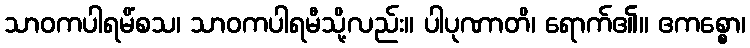
သာဝကပါရမိံစသ၊ သာဝကပါရမီသို့လည်း။ ပါပုဏာတိ၊ ရောက်၏။ ဧကစ္စော၊